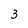
Character: 3